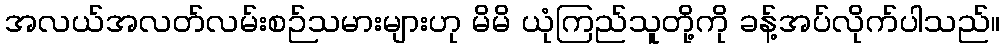
အလယ်အလတ်လမ်းစဉ်သမားများဟု မိမိ ယုံကြည်သူတို့ကို ခန့်အပ်လိုက်ပါသည်။